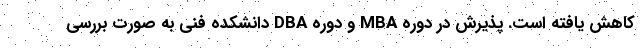
کاهش یافته است. پذیرش در دوره MBA و دوره DBA دانشکده فنی به صورت بررسی